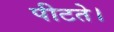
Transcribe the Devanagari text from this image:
पीटते।